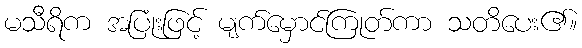
မသီရိက အပြုံးဖြင့် မျက်မှောင်ကြုတ်ကာ သတိပေး၏။